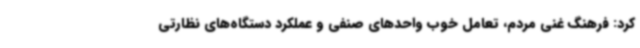
کرد: فرهنگ غنی مردم، تعامل خوب واحدهای صنفی و عملکرد دستگاه‌های نظارتی